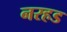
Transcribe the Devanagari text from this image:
नरहड